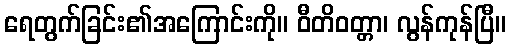
ရေတွက်ခြင်း၏အကြောင်းကို။ ဝီတိဝတ္တာ၊ လွန်ကုန်ပြီ။